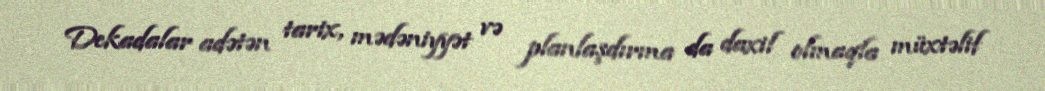
Dekadalar adətən tarix, mədəniyyət və planlaşdırma da daxil olmaqla müxtəlif